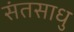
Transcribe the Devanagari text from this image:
संतसाधु